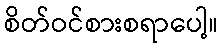
စိတ်ဝင်စားစရာပေါ့။